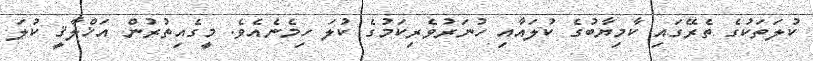
ކުލަތަކުގެ ތެރޭގައި ކާމިޔާބުގެ ކުލައާއި ހުނަރުވެރިކަމުގެ ކުލަ ހިމެނެއެވެ. މީގެއިތުރުން އަޚްލާޤީ ކުލަ